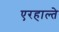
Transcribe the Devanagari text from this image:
एरहाल्ते